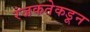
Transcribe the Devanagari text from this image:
रंजकतेकडून